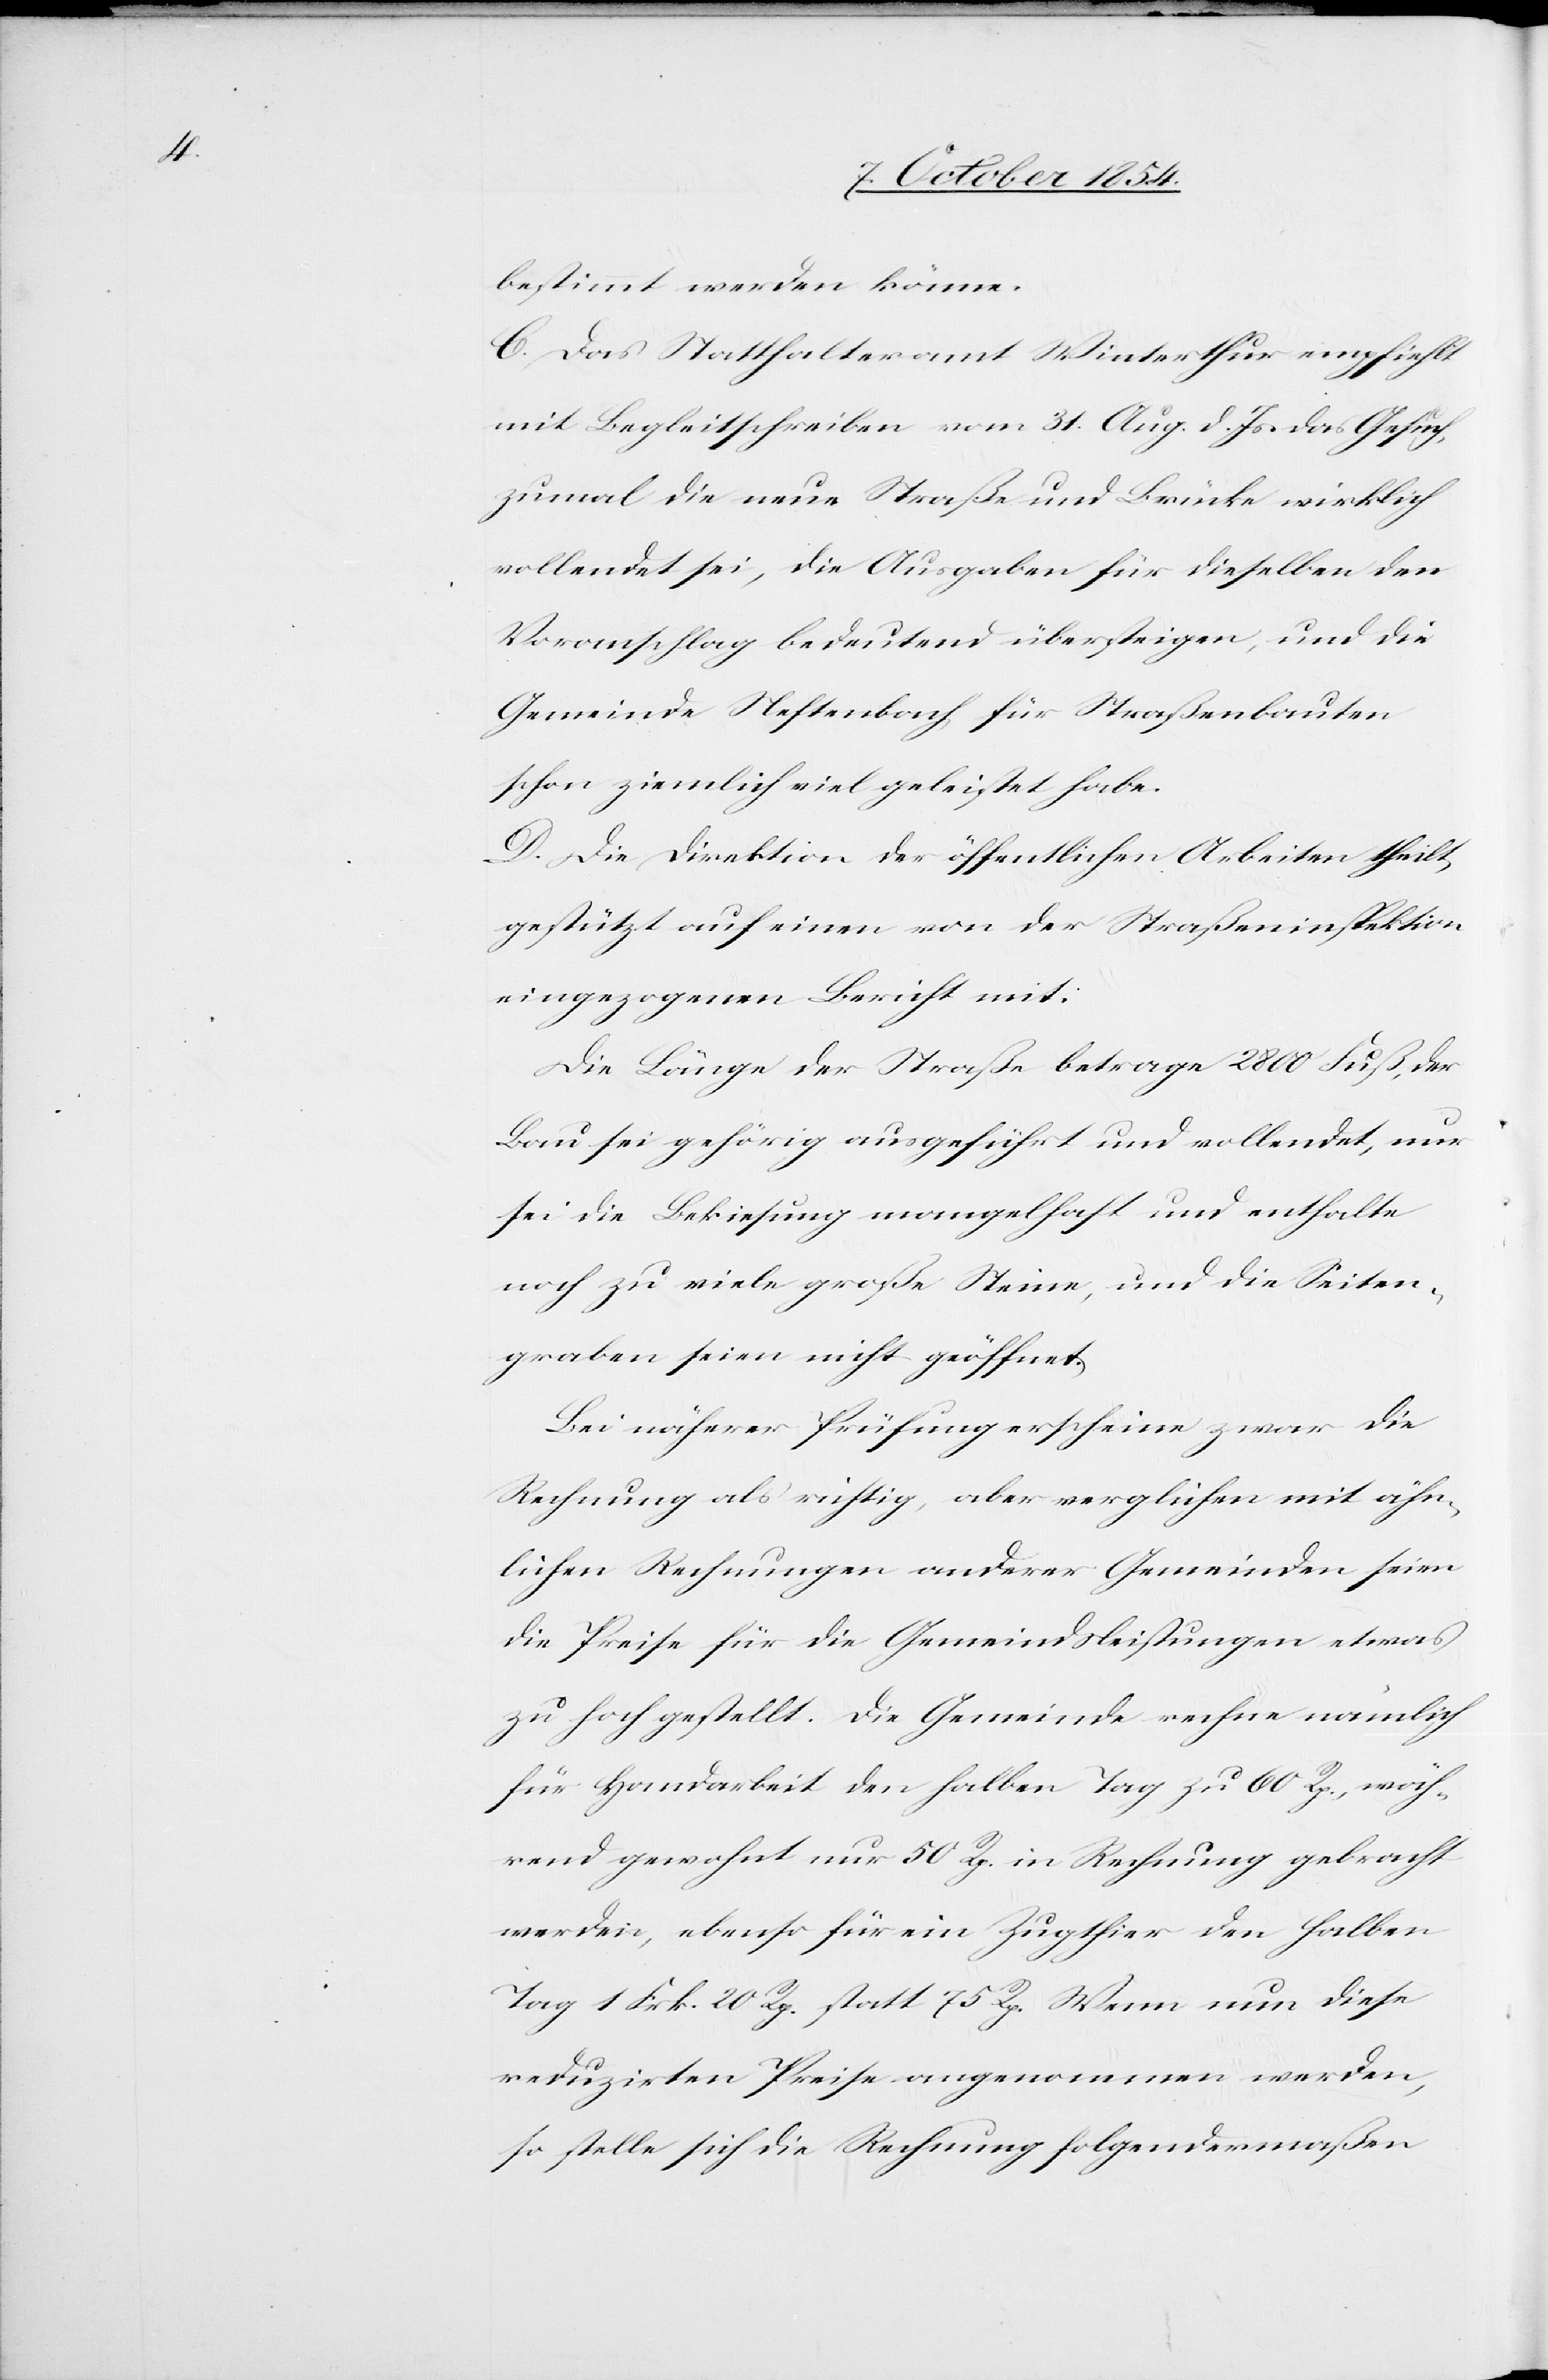
bestimmt werden könne.
C. Das Statthalteramt Winterthur empfiehlt
mit Begleitschreiben vom 31. Aug. d. Js. das Gesuch,
zumal die neue Straße und Brücke wirklich
vollendet sei, die Ausgaben für dieselben den
Voranschlag bedeutend übersteigen, und die
Gemeinde Neftenbach für Straßenbauten
schon ziemlich viel geleistet habe.
D. Die Direktion der öffentlichen Arbeiten theilt
gestützt auf einen von der Straßeninspektion
eingezogenen Bericht mit:
Die Länge der Straße betrage 2800 Fuß, der
Bau sei gehörig ausgeführt und vollendet, nur
sei die Bekiesung mangelhaft und enthalte
noch zu viele große Steine, und die Seiten¬
graben seien nicht geöffnet.
Bei näherer Prüfung erscheine zwar die
Rechnung als richtig, aber verglichen mit ähn¬
lichen Rechnungen anderer Gemeinden seien
die Preise für die Gemeindsleistungen etwas
zu hoch gestellt. Die Gemeinde rechne nämlich
für Handarbeit den halben Tag zu 60 Rp., wäh¬
rend gewohnt nur 50 Rp. in Rechnung gebracht
werden, ebenso für ein Zugthier den halben
Tag 1 Frk. 20Rp. statt 75 Rp. Wenn nun diese
reduzirten Preise angenommen werden,
so stelle sich die Rechnung folgendermaßen